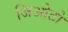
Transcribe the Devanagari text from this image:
जिओटो